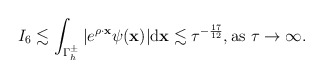
\begin{align*} \begin{aligned} I_6&\lesssim \int_{\Gamma_h^\pm}\vert e^{\rho \cdot \mathbf x}\psi(\mathbf x)\vert \mathrm d\mathbf x\lesssim \tau^{-\frac{17}{12}}, \mbox{as $\tau \rightarrow \infty$. } \end{aligned} \end{align*}